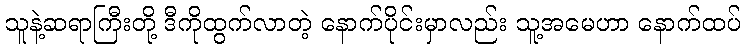
သူနဲ့ဆရာကြီးတို့ ဒီကိုထွက်လာတဲ့ နောက်ပိုင်းမှာလည်း သူ့အမေဟာ နောက်ထပ်